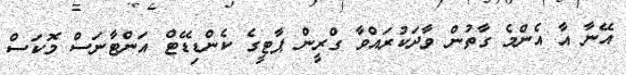
އޭނާ އާ އެންމެ ގާތުން ވާދަކުރައްވާ ގްރީން ޕާޓީގެ ކެންޑިޑޭޓް އަންޓާނަސް މޮކަސް